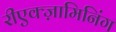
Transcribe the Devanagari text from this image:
रीएक्ज़ामिनिंग